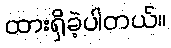
ထားရှိခဲ့ပါတယ်။